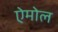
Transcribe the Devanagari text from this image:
ऐमोल